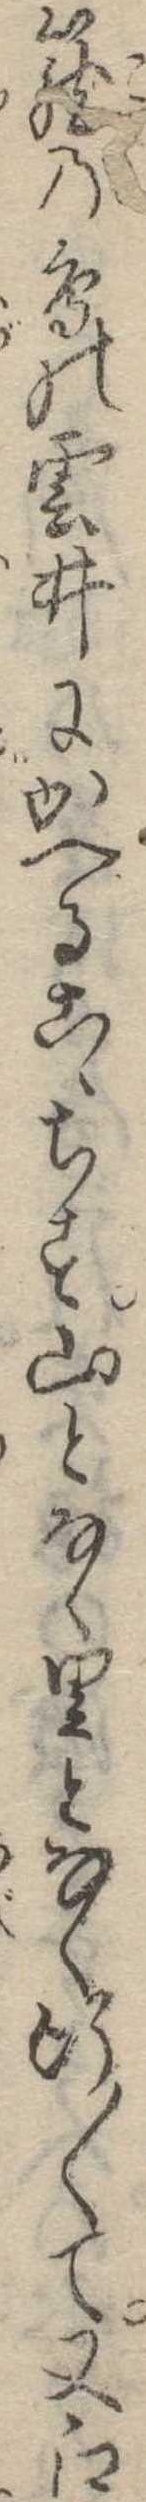
篭の鳥の雲井にかへるこゝちす山となく里となく行〱て又江